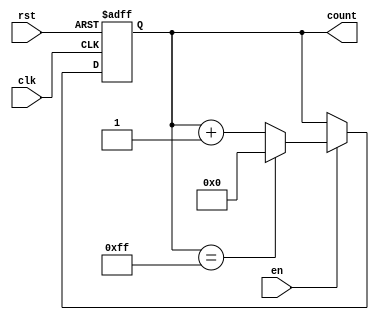
module incremental_counter (
    input wire clk,        // Clock input
    input wire rst,        // Asynchronous reset input
    input wire en,         // Enable input
    output reg [7:0] count // Counter value output (8-bit counter)
);

    // Parameter for maximum counter value
    parameter MAX_COUNT = 255; // Maximum value for an 8-bit counter

    // Asynchronous reset and counter increment logic
    always @(posedge clk or posedge rst) begin
        if (rst) begin
            count <= 8'b0; // Reset counter to 0
        end else if (en) begin
            if (count == MAX_COUNT) begin
                count <= 8'b0; // Wrap around on overflow
            end else begin
                count <= count + 1; // Increment counter
            end
        end
    end

endmodule